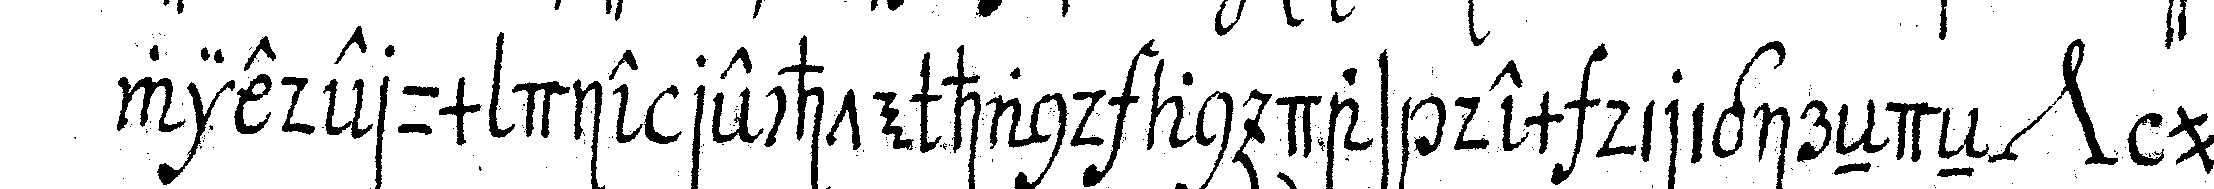
wiederum die rechte hand an das dem dirigireNdeN *nee* um